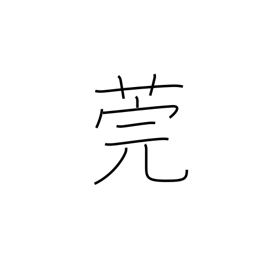
Meaning: reed used to cover tatami